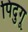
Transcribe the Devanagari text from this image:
पिदुगू